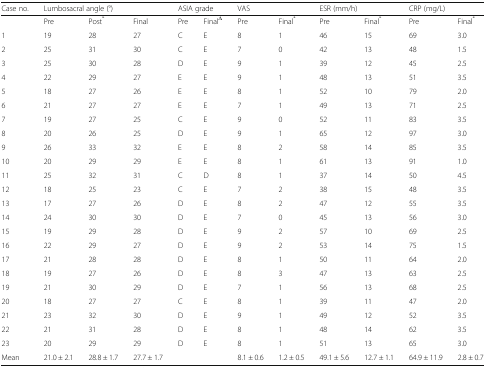
<table><thead><tr><td><b>Case no.</b></td><td colspan="3"><b>Lumbosacral angle (°)</b></td><td colspan="2"><b>ASIA grade</b></td><td colspan="2"><b>VAS</b></td><td colspan="2"><b>ESR (mm/h)</b></td><td colspan="2"><b>CRP (mg/L)</b></td></tr></thead><tbody><tr><td></td><td>Pre</td><td>Post<sup>*</sup></td><td>Final</td><td>Pre</td><td>Final<sup>Δ</sup></td><td>Pre</td><td>Final<sup>*</sup></td><td>Pre</td><td>Final<sup>*</sup></td><td>Pre</td><td>Final<sup>*</sup></td></tr><tr><td>1</td><td>19</td><td>28</td><td>27</td><td>C</td><td>E</td><td>8</td><td>1</td><td>46</td><td>15</td><td>69</td><td>3.0</td></tr><tr><td>2</td><td>25</td><td>31</td><td>30</td><td>C</td><td>E</td><td>7</td><td>0</td><td>42</td><td>13</td><td>48</td><td>1.5</td></tr><tr><td>3</td><td>25</td><td>30</td><td>28</td><td>D</td><td>E</td><td>9</td><td>1</td><td>39</td><td>12</td><td>45</td><td>2.5</td></tr><tr><td>4</td><td>22</td><td>29</td><td>27</td><td>E</td><td>E</td><td>9</td><td>1</td><td>48</td><td>13</td><td>51</td><td>3.5</td></tr><tr><td>5</td><td>18</td><td>27</td><td>26</td><td>E</td><td>E</td><td>8</td><td>1</td><td>52</td><td>10</td><td>79</td><td>2.0</td></tr><tr><td>6</td><td>21</td><td>27</td><td>27</td><td>E</td><td>E</td><td>7</td><td>1</td><td>49</td><td>13</td><td>71</td><td>2.5</td></tr><tr><td>7</td><td>19</td><td>27</td><td>25</td><td>C</td><td>E</td><td>9</td><td>0</td><td>52</td><td>11</td><td>83</td><td>3.5</td></tr><tr><td>8</td><td>20</td><td>26</td><td>25</td><td>D</td><td>E</td><td>9</td><td>1</td><td>65</td><td>12</td><td>97</td><td>3.0</td></tr><tr><td>9</td><td>26</td><td>33</td><td>32</td><td>E</td><td>E</td><td>8</td><td>2</td><td>58</td><td>14</td><td>85</td><td>3.5</td></tr><tr><td>10</td><td>20</td><td>29</td><td>29</td><td>E</td><td>E</td><td>8</td><td>1</td><td>61</td><td>13</td><td>91</td><td>1.0</td></tr><tr><td>11</td><td>25</td><td>32</td><td>31</td><td>C</td><td>D</td><td>8</td><td>1</td><td>37</td><td>14</td><td>50</td><td>4.5</td></tr><tr><td>12</td><td>18</td><td>25</td><td>23</td><td>C</td><td>E</td><td>7</td><td>2</td><td>38</td><td>15</td><td>48</td><td>3.5</td></tr><tr><td>13</td><td>17</td><td>27</td><td>26</td><td>D</td><td>E</td><td>8</td><td>2</td><td>47</td><td>12</td><td>55</td><td>3.5</td></tr><tr><td>14</td><td>24</td><td>30</td><td>30</td><td>D</td><td>E</td><td>7</td><td>0</td><td>45</td><td>13</td><td>56</td><td>3.0</td></tr><tr><td>15</td><td>19</td><td>29</td><td>28</td><td>D</td><td>E</td><td>9</td><td>2</td><td>57</td><td>10</td><td>69</td><td>2.5</td></tr><tr><td>16</td><td>22</td><td>29</td><td>27</td><td>D</td><td>E</td><td>9</td><td>2</td><td>53</td><td>14</td><td>75</td><td>1.5</td></tr><tr><td>17</td><td>21</td><td>28</td><td>28</td><td>D</td><td>E</td><td>8</td><td>1</td><td>50</td><td>11</td><td>64</td><td>2.0</td></tr><tr><td>18</td><td>19</td><td>27</td><td>26</td><td>D</td><td>E</td><td>8</td><td>3</td><td>47</td><td>13</td><td>63</td><td>2.5</td></tr><tr><td>19</td><td>21</td><td>30</td><td>29</td><td>D</td><td>E</td><td>7</td><td>1</td><td>56</td><td>13</td><td>68</td><td>2.5</td></tr><tr><td>20</td><td>18</td><td>27</td><td>27</td><td>C</td><td>E</td><td>8</td><td>1</td><td>39</td><td>11</td><td>47</td><td>2.0</td></tr><tr><td>21</td><td>23</td><td>32</td><td>30</td><td>D</td><td>E</td><td>9</td><td>1</td><td>49</td><td>12</td><td>52</td><td>3.5</td></tr><tr><td>22</td><td>21</td><td>31</td><td>28</td><td>D</td><td>E</td><td>8</td><td>1</td><td>48</td><td>14</td><td>62</td><td>3.5</td></tr><tr><td>23</td><td>20</td><td>29</td><td>29</td><td>D</td><td>E</td><td>8</td><td>1</td><td>51</td><td>13</td><td>65</td><td>3.0</td></tr><tr><td>Mean</td><td>21.0 ± 2.1</td><td>28.8 ± 1.7</td><td>27.7 ± 1.7</td><td></td><td></td><td>8.1 ± 0.6</td><td>1.2 ± 0.5</td><td>49.1 ± 5.6</td><td>12.7 ± 1.1</td><td>64.9 ± 11.9</td><td>2.8 ± 0.7</td></tr></tbody></table>